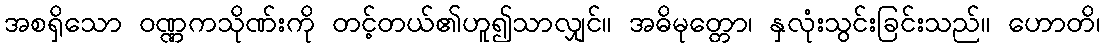
အစရှိသော ဝဏ္ဏကသိုဏ်းကို တင့်တယ်၏ဟူ၍သာလျှင်။ အဓိမုတ္တော၊ နှလုံးသွင်းခြင်းသည်။ ဟောတိ၊